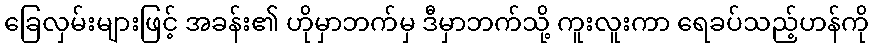
ခြေလှမ်းများဖြင့် အခန်း၏ ဟိုမှာဘက်မှ ဒီမှာဘက်သို့ ကူးလူးကာ ရေခပ်သည့်ဟန်ကို